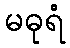
မဓုရံ